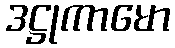
ဒဋ္ဌုကာမော